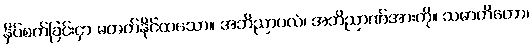
နှိပ်စက်ခြင်းငှာ မတတ်နိုင်ထသော။ အဘိညာဝလံ၊ အဘိညာဏ်အားကို။ သမာတိတော၊